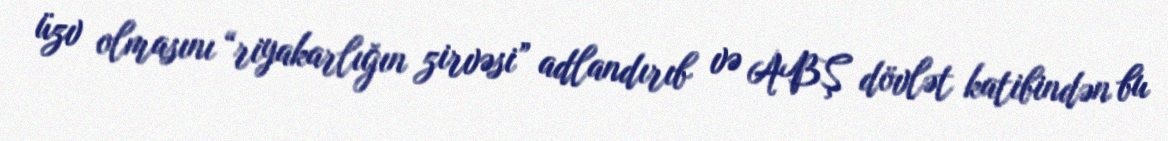
üzv olmasını “riyakarlığın zirvəsi” adlandırıb və ABŞ dövlət katibindən bu